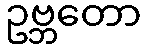
ဥဗ္ဘတော